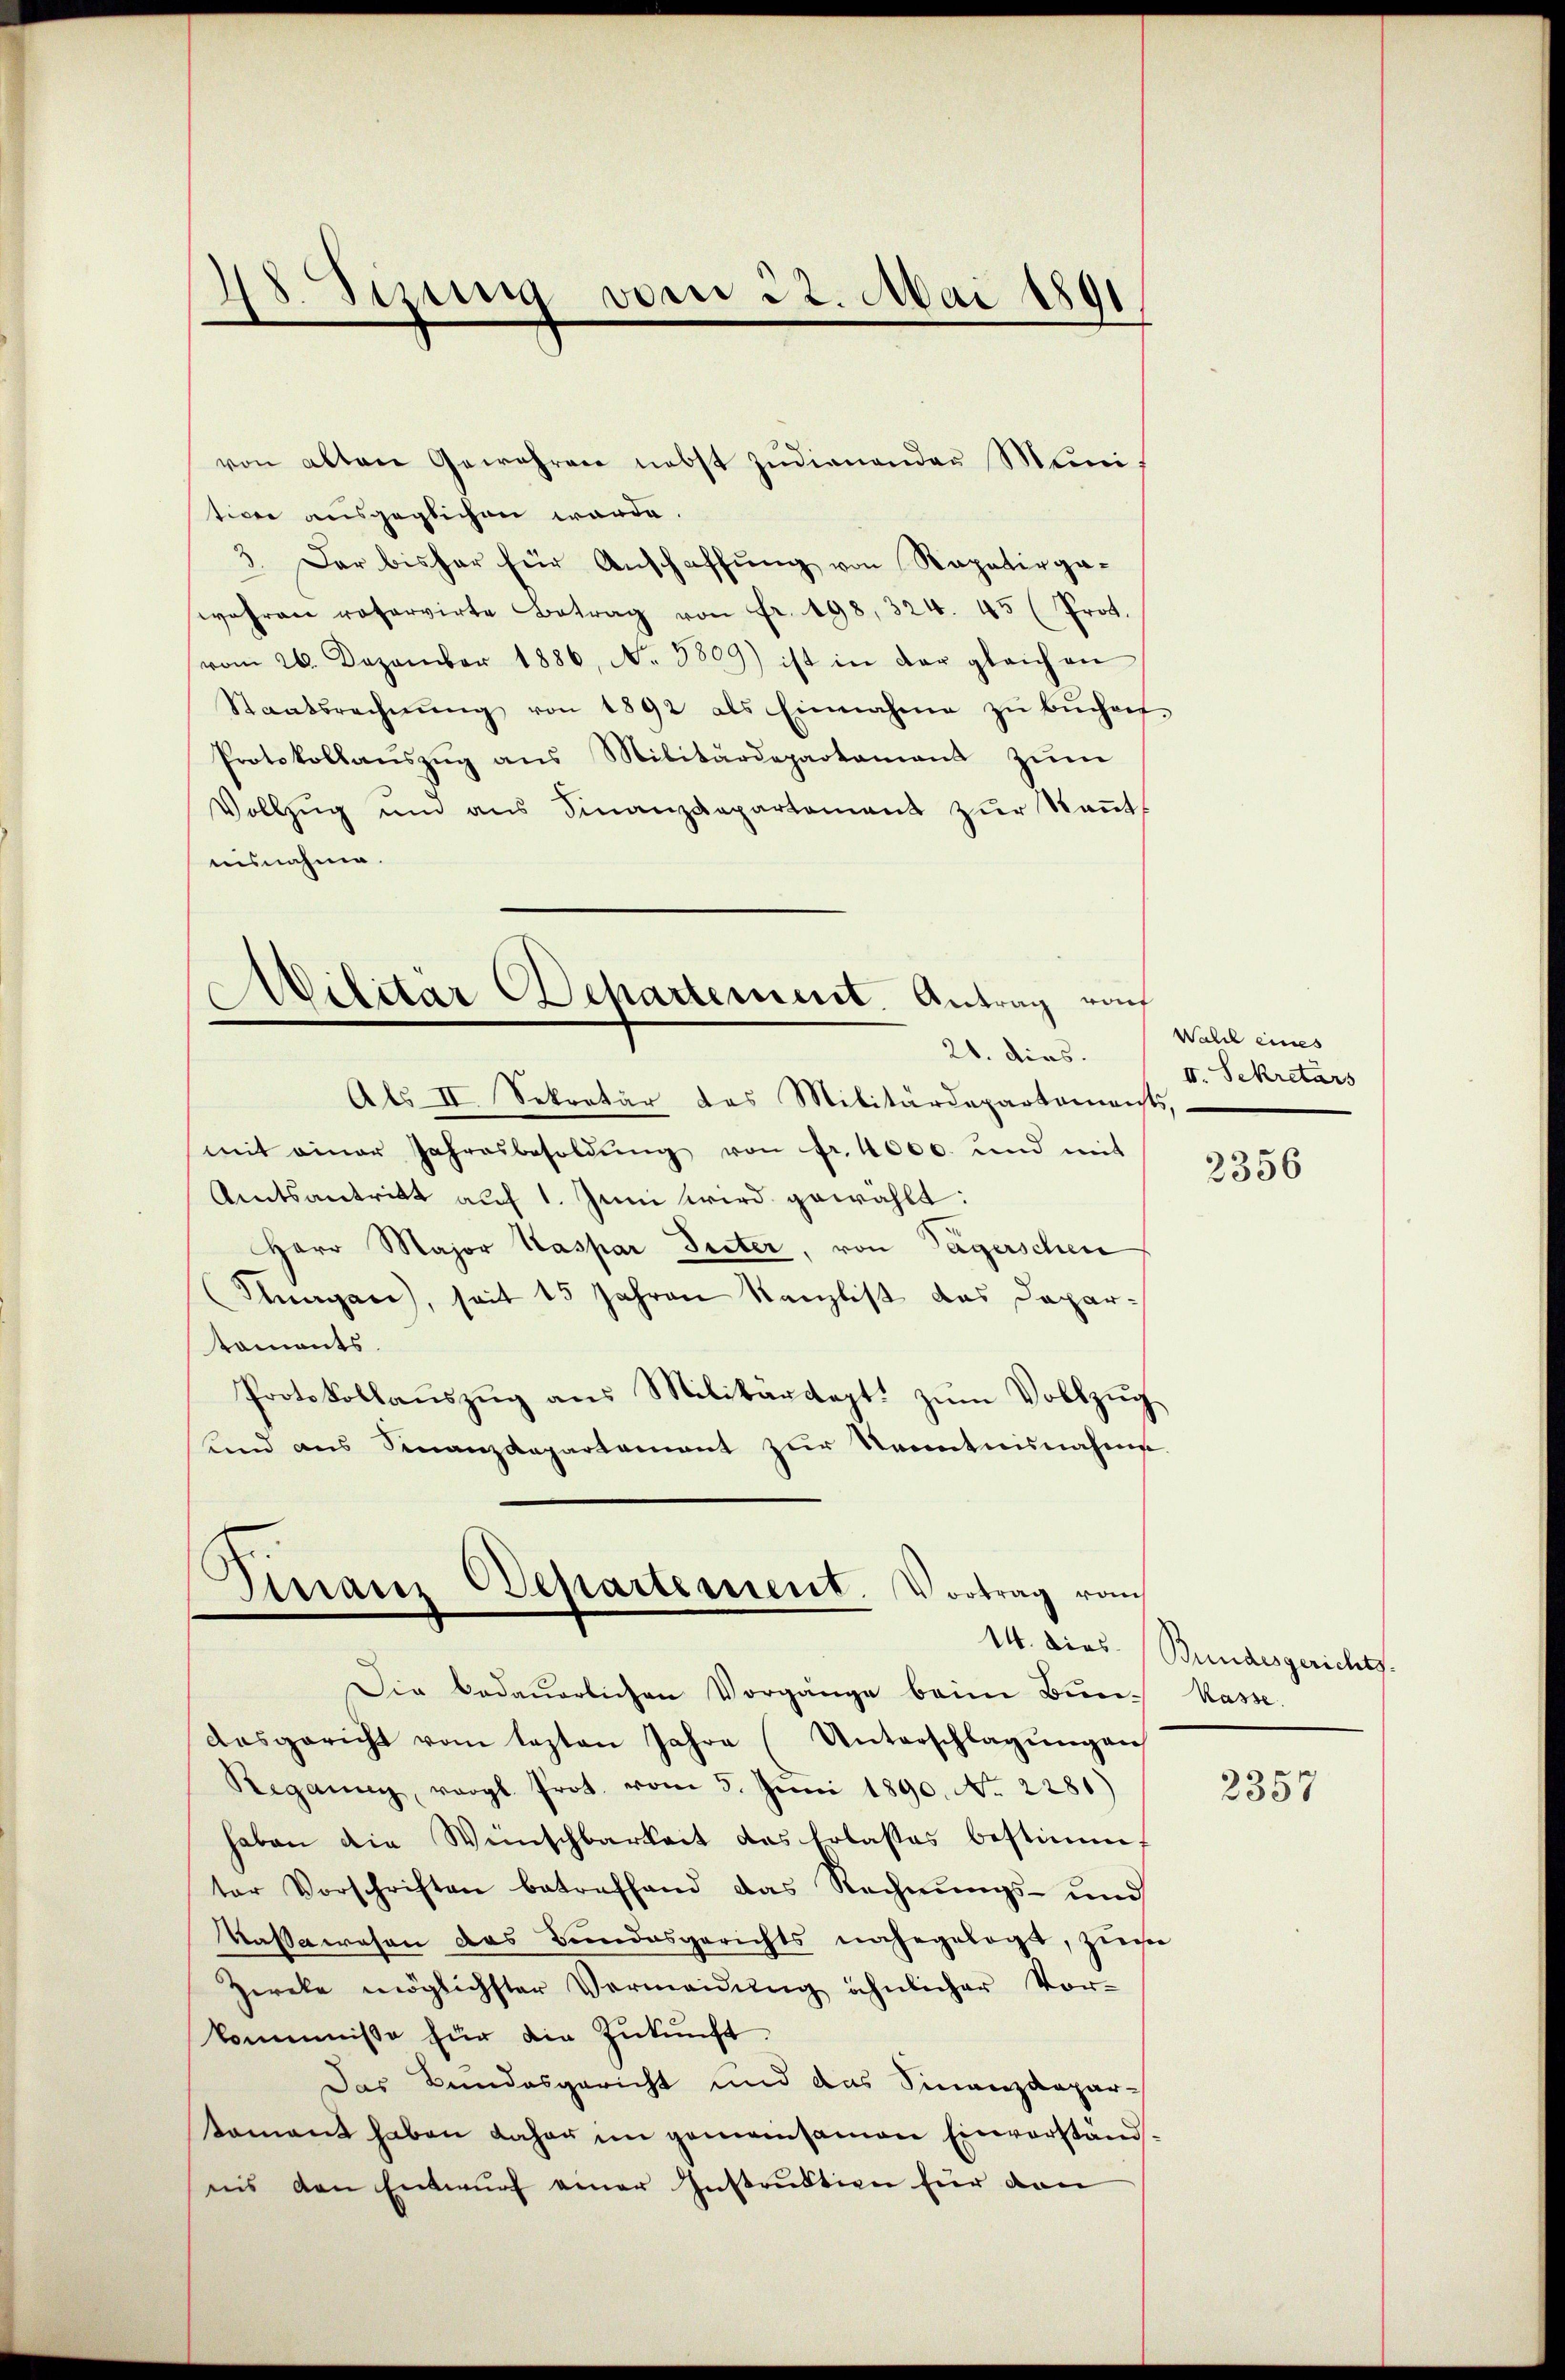
28 Sizung vom 22. Mai 1891

von alten Gewehren nebst Zŭdienenden Mini-
tiven ausgeglichen worde
3. Der bisher für Anschaffŭng von Rapatirga-
wahren reservirte Betrag von Fr. 198, 324. 45 (Prot.
vom 26. Dezember 1886, No 3809) ist in der gleich an
Staatsrechnŭng von 1892 als Einnahme zŭ bŭchaf-
Protokollaŭszŭg ans Militärdepartament zŭm
Vollzŭg ŭm ans Finanzdepartement zŭr Keṅt
uisnahme.
Abs II. Sekretär das Militärdepartaments,
mit einer Jahresbesoldŭng von fr. 4000. und mit
Amtsantritt auf 1. Juni wird gewählt:
Herr Major Kaspar Seiter, von Tagerschen
Purgau, seit 15 Jahren Kanzlist das Dapartoments.
Protokollaŭszŭg ans Militärdept. zŭm Vollzŭg
unnd aus Finanzdepartement zur Kenntnisnahme

Militar Departement Antrag von
e
21. dies.

Finanz Departement. Vortrag von

Walch eines
II. Sekretärs

Die bedauerlichen Vorgänge beim Bundasgericht vom lezten Jahre (Unterschlagŭngen
Regann, vergl. Prot. vom 5. Juni 1890. No. 2281)
haben die Weinschbarkeit das Erlastes bestimmt
ter Vorschriften betreffend das Rechnŭngs- und
Kaßawesen das Bundesgerichts nahegelegt, zu
Ziele möglichster Vermeidŭng ähnlicher Vor-
kommisse für die Zŭkŭnft.
Das Bundesgericht und das Finanzdepar-
tamant haben daher im gemeinsamen Einverständins den Entwurf einer Instruktion für dan

f

2356

14. dies. Bundesgerichts.
Kasse.

2357